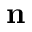
\mathbf { n }